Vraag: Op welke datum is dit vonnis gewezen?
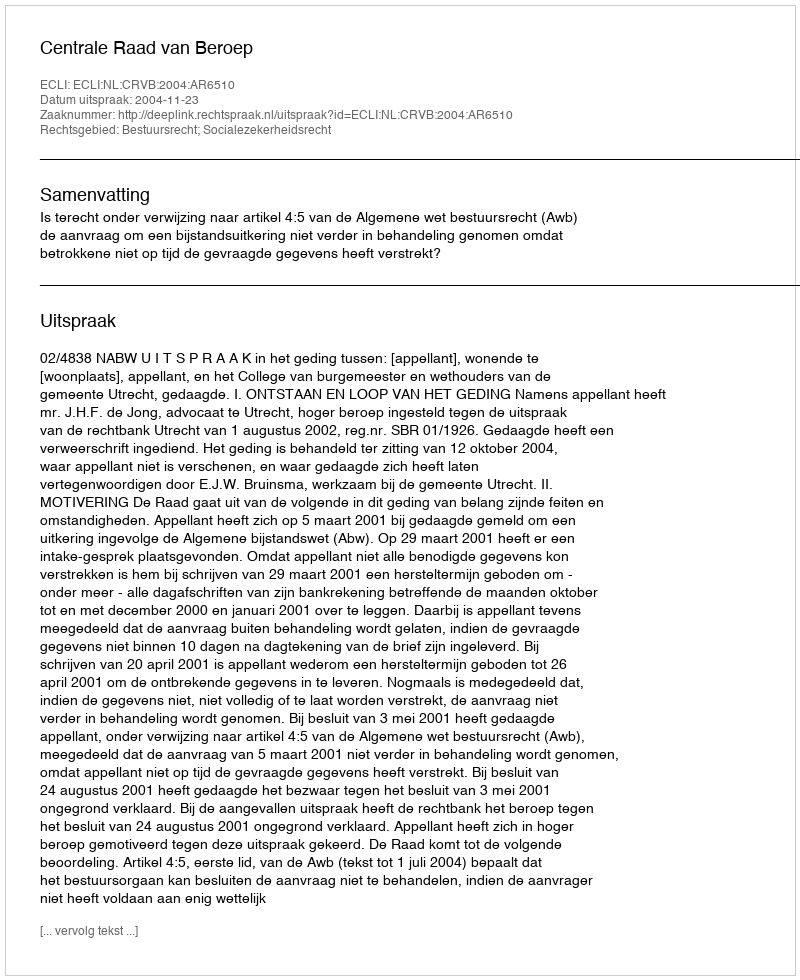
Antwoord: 2004-11-23